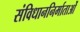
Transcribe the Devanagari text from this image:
संविधाननिर्माताओं